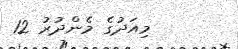
މިއަދުގެ މެންދުރު 12